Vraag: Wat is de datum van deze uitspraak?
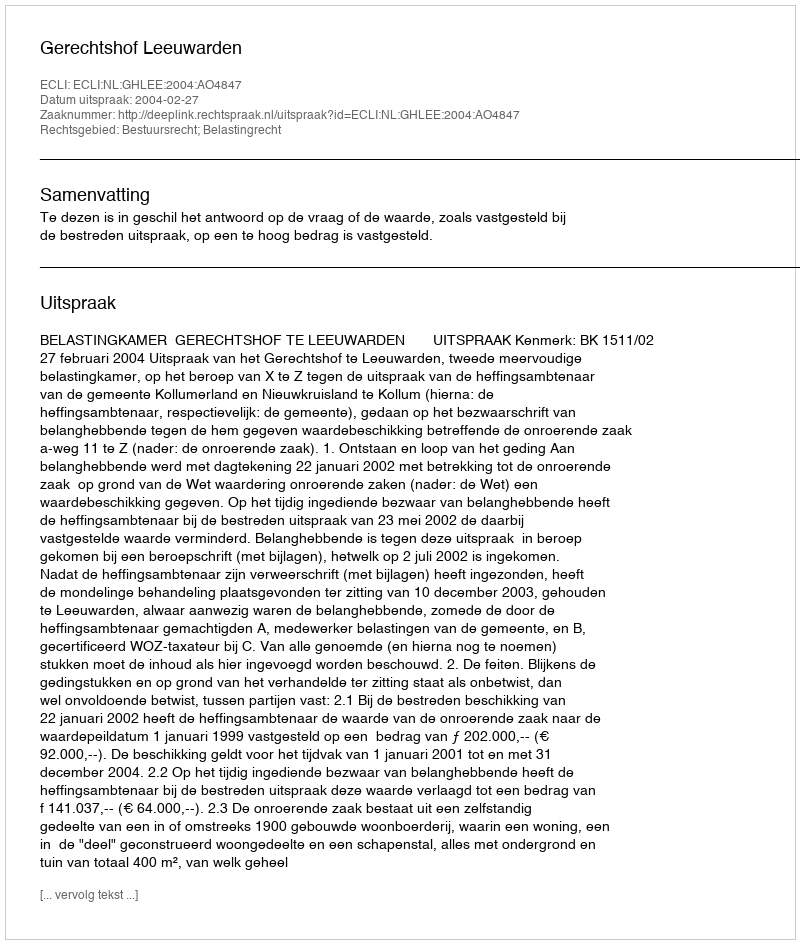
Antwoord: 2004-02-27